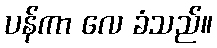
ပန်ကာ လေ ခံသည်။